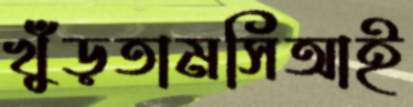
খুঁড়তামসিআই